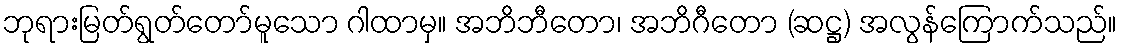
ဘုရားမြတ်ရွတ်တော်မူသော ဂါထာမှ။ အဘိဘီတော၊ အဘိဂီတော (ဆဋ္ဌ) အလွန်ကြောက်သည်။